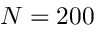
N = 2 0 0